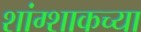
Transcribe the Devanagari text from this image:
शांग्शाकच्या